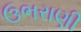
ઉભરાણી